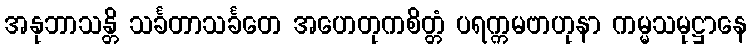
အနုဘာသန္တိ သင်္ခတာသင်္ခတေ အဟေတုကစိတ္တံ ပရက္ကမဗာဟုနာ ကမ္မသမုဋ္ဌာနေ